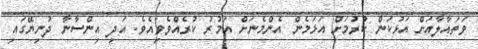
ވަތައާލާއަށް އަޅުކަން ކުރުމަށް އަޅަމެން އެންމެނަށް އަމުރު ކުރެއްވެވިއެވެ. އަދި އިންސާނާ ދުނިޔޭގައި